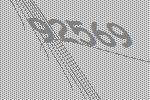
92569